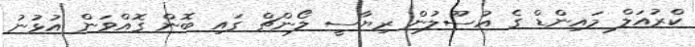
ކްރުއަލް މައިންޑް ގެ އުސޫލުން ރިޔާސީ ލޯންޗް ގައި ބޮން ގޮއްވަން އުޅުނު